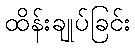
ထိန်းချုပ်ခြင်း